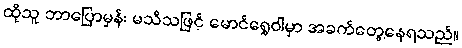
ထိုသူ ဘာပြောမှန်း မသိသဖြင့် မောင်ရွှေဝါမှာ အခက်တွေ့နေရသည်။